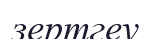
зертгеу